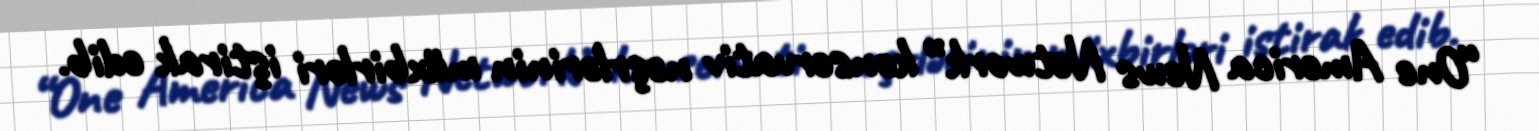
“One America News Network” konservativ nəşrlərinin müxbirləri iştirak edib.